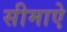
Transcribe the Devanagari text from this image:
सीमाऐ